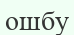
ошбу